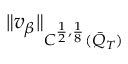
\| v _ { \beta } \| _ { C ^ { \frac { 1 } { 2 } , \frac { 1 } { 8 } } ( \bar { Q } _ { T } ) }